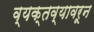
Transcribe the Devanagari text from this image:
व्यक्तव्यावरून